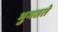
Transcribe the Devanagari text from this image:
भुगतते